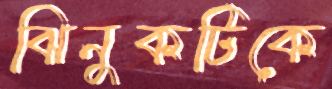
ঝিনুকটিকে